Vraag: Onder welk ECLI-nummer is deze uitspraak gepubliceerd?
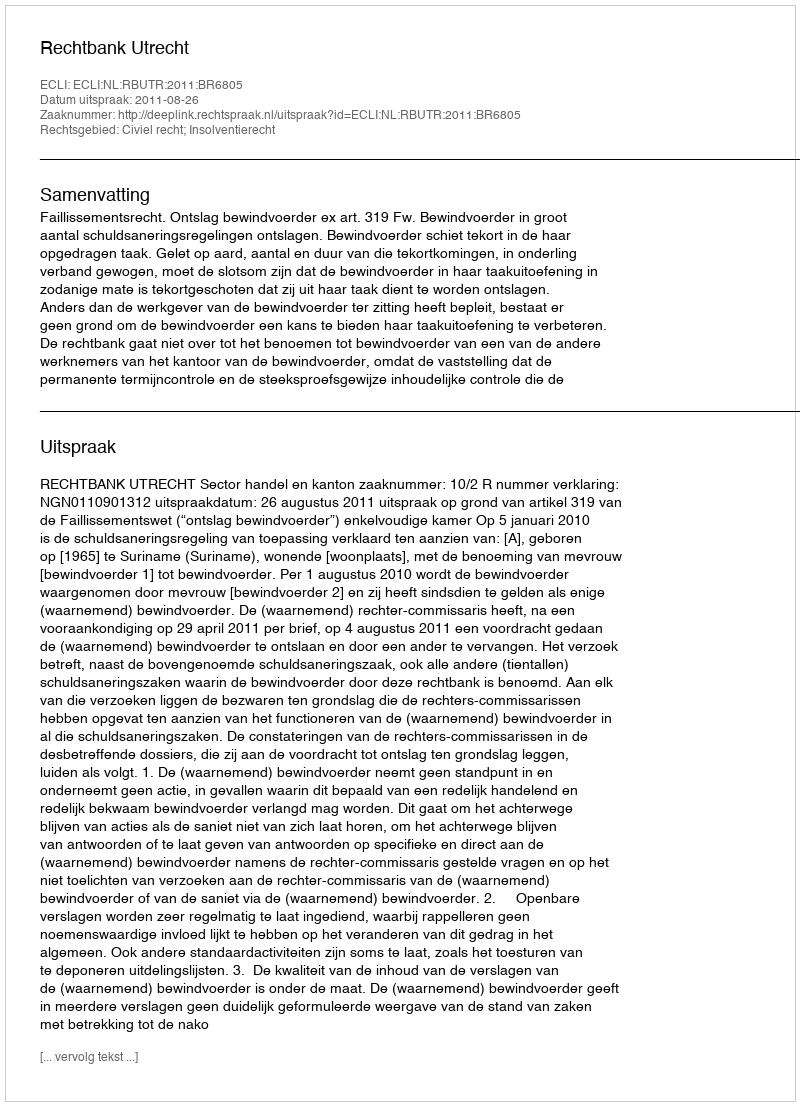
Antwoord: ECLI:NL:RBUTR:2011:BR6805